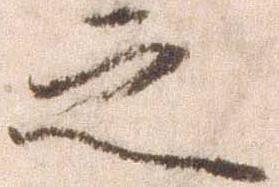
之